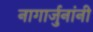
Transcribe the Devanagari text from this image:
नागार्जुनांनी